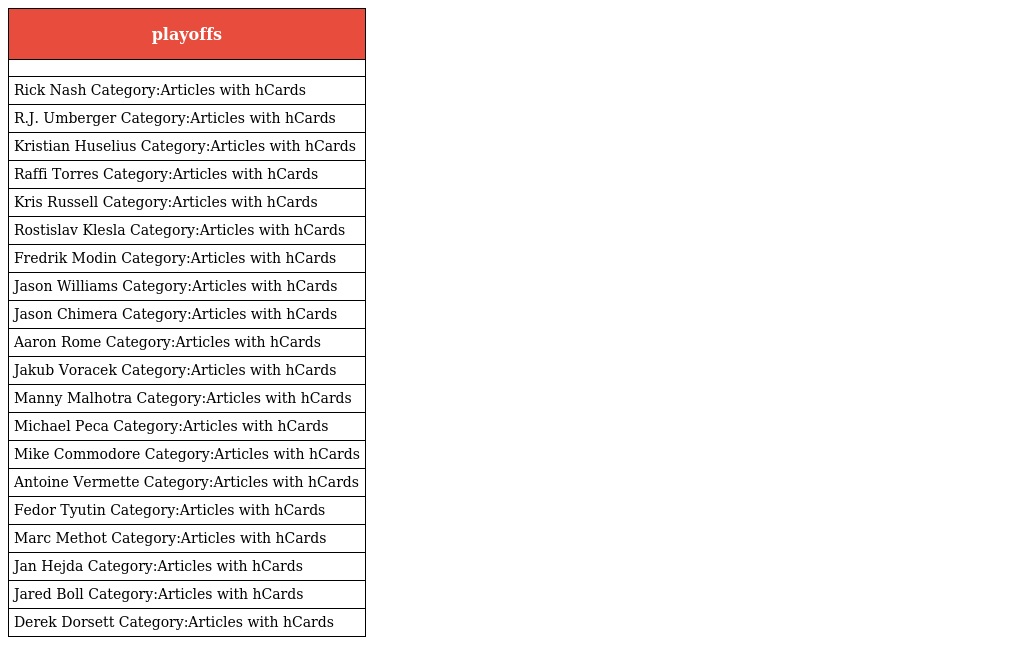
| playoffs |
 | --- |
 |  |
 | Rick Nash Category:Articles with hCards |
 | R.J. Umberger Category:Articles with hCards |
 | Kristian Huselius Category:Articles with hCards |
 | Raffi Torres Category:Articles with hCards |
 | Kris Russell Category:Articles with hCards |
 | Rostislav Klesla Category:Articles with hCards |
 | Fredrik Modin Category:Articles with hCards |
 | Jason Williams Category:Articles with hCards |
 | Jason Chimera Category:Articles with hCards |
 | Aaron Rome Category:Articles with hCards |
 | Jakub Voracek Category:Articles with hCards |
 | Manny Malhotra Category:Articles with hCards |
 | Michael Peca Category:Articles with hCards |
 | Mike Commodore Category:Articles with hCards |
 | Antoine Vermette Category:Articles with hCards |
 | Fedor Tyutin Category:Articles with hCards |
 | Marc Methot Category:Articles with hCards |
 | Jan Hejda Category:Articles with hCards |
 | Jared Boll Category:Articles with hCards |
 | Derek Dorsett Category:Articles with hCards |